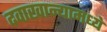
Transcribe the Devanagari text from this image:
दवाखान्यामध्ये